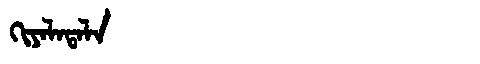
Manchu: ᡴᡳᠶᠠᠯᠠᡨᠠᠯᠠ
Romanization: KIYALATALA